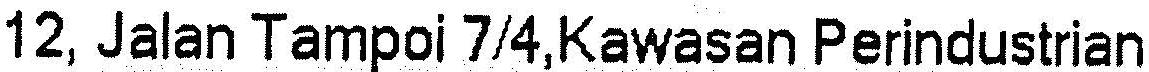
12, JALAN TAMPOI 7/4,KAWASAN PERINDUSTRIAN